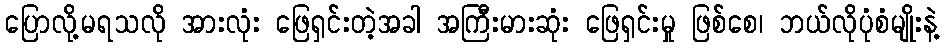
ပြောလို့မရသလို အားလုံး ဖြေရှင်းတဲ့အခါ အကြီးမားဆုံး ဖြေရှင်းမှု ဖြစ်စေ၊ ဘယ်လိုပုံစံမျိုးနဲ့